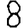
Digit: 8